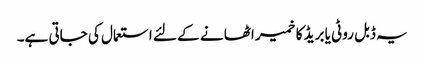
یہ ڈبل روٹی یا بریڈ کا خمیر اٹھا نے کے لئے استعمال کی جاتی ہے۔